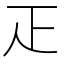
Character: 𤴓